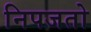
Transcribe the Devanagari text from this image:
निपजतो